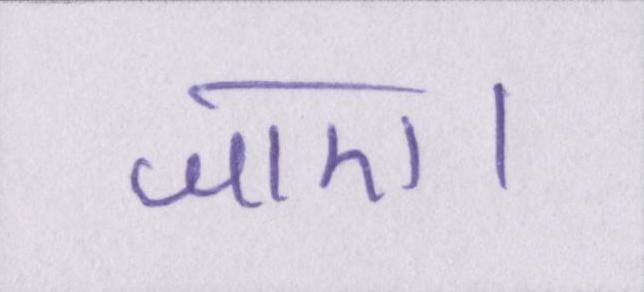
जाए।